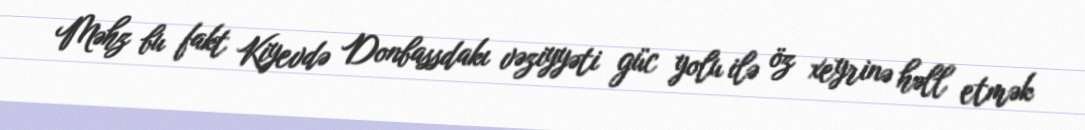
Məhz bu fakt Kiyevdə Donbassdakı vəziyyəti güc yolu ilə öz xeyrinə həll etmək